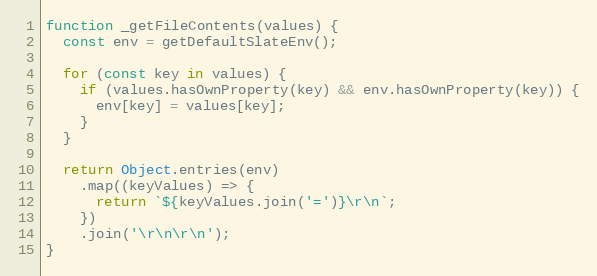
Language: JavaScript
function _getFileContents(values) {
  const env = getDefaultSlateEnv();

  for (const key in values) {
    if (values.hasOwnProperty(key) && env.hasOwnProperty(key)) {
      env[key] = values[key];
    }
  }

  return Object.entries(env)
    .map((keyValues) => {
      return `${keyValues.join('=')}\r\n`;
    })
    .join('\r\n\r\n');
}